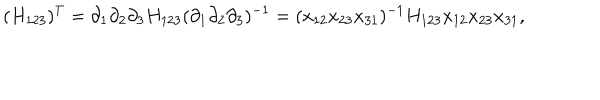
( H _ { 1 2 3 } ) ^ { T } = \partial _ { 1 } \partial _ { 2 } \partial _ { 3 } H _ { 1 2 3 } ( \partial _ { 1 } \partial _ { 2 } \partial _ { 3 } ) ^ { - 1 } = ( x _ { 1 2 } x _ { 2 3 } x _ { 3 1 } ) ^ { - 1 } H _ { 1 2 3 } x _ { 1 2 } x _ { 2 3 } x _ { 3 1 } ,